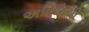
અવિજયી